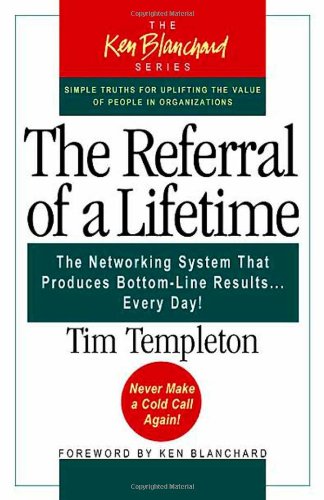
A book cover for The Referral of a Lifetime: The Networking System That Produces Bottom-Line Results Every Day (The Ken Blanchard Series); Tim Templeton; Business & Money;